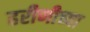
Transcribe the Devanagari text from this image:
हरीणीच्या